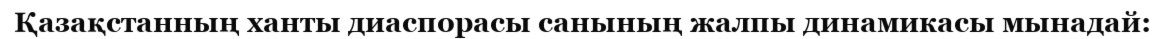
Қазақстанның ханты диаспорасы санының жалпы динамикасы мынадай: